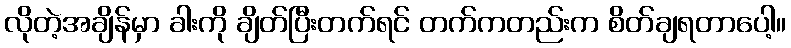
လိုတဲ့အချိန်မှာ ခါးကို ချိတ်ပြီးတက်ရင် တက်ကတည်းက စိတ်ချရတာပေါ့။